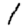
Digit: 1